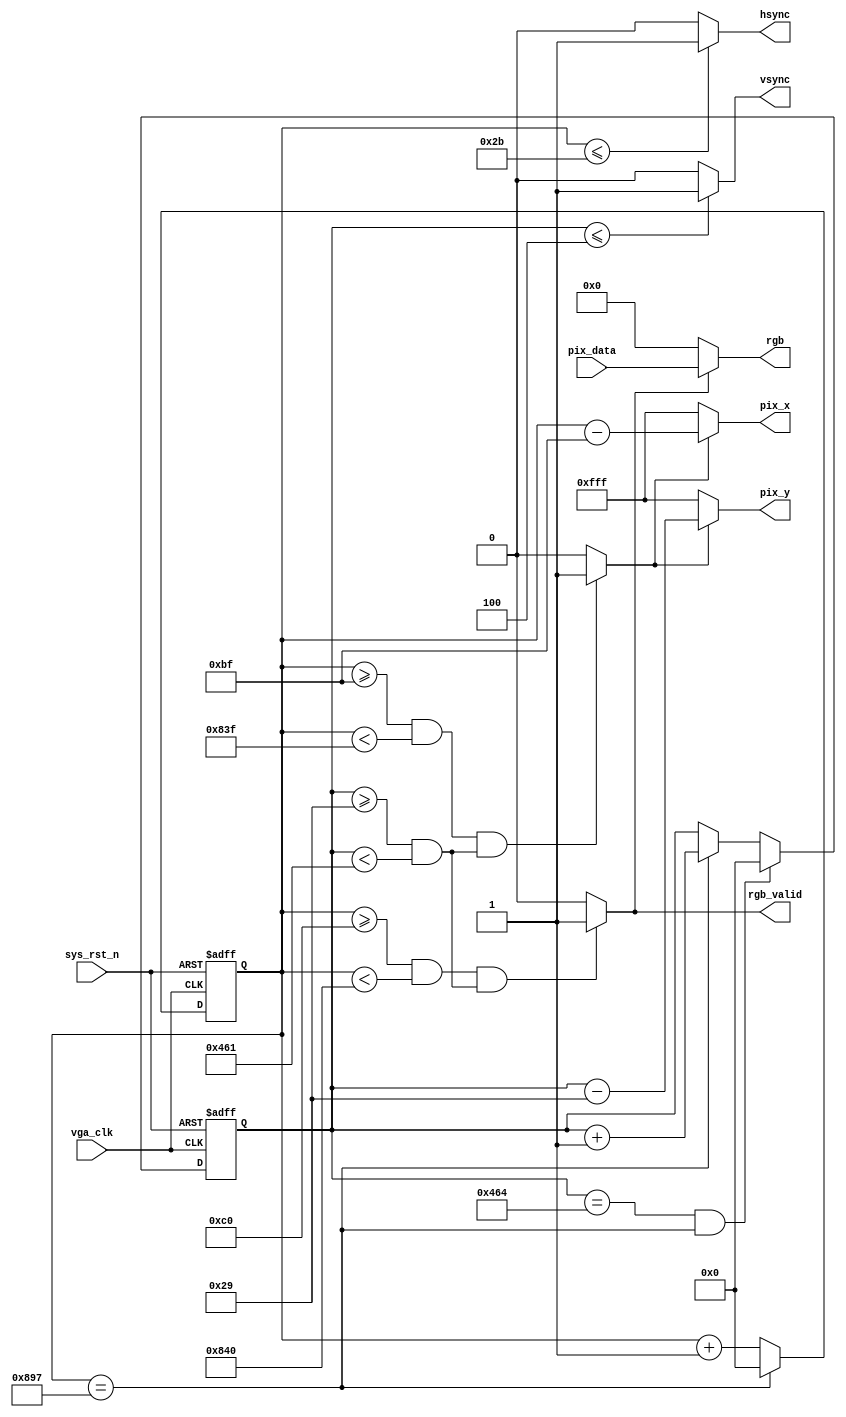
`timescale  1ns/1ns
////////////////////////////////////////////////////////////////////////
// Module Name   : vga_ctrl
// Project Name  : hdmi_colorbar
// Target Devices: Altera EP4CE10F17C8N
// Tool Versions : Quartus 13.0
// Description   : VGA(1080p)
// : _Pro_FPGA
//
////////////////////////////////////////////////////////////////////////

module  vga_ctrl
(
    input   wire            vga_clk     ,   //,25MHz
    input   wire            sys_rst_n   ,   //,
    input   wire    [23:0]  pix_data    ,   //

    output  wire    [11:0]  pix_x       ,   //VGAX
    output  wire    [11:0]  pix_y       ,   //VGAY
    output  wire            hsync       ,   //
    output  wire            vsync       ,   //
    output  wire            rgb_valid   ,
    output  wire    [23:0]  rgb             //
);

//********************************************************************//
//****************** Parameter and Internal Signal *******************//
//********************************************************************//
//parameter define(1080P)
parameter H_SYNC    =   12'd44 		,   //
          H_BACK    =   12'd148  	,   //
          H_LEFT    =   12'd0  		,   //
          H_VALID   =   12'd1920 	,   //
          H_RIGHT   =   12'd0   	,   //
          H_FRONT   =   12'd88 	,   //
          H_TOTAL   =   12'd2200 	;   //
		  
parameter V_SYNC    =   12'd5   ,   //
          V_BACK    =   12'd36  ,   //
          V_TOP     =   12'd0   ,   //
          V_VALID   =   12'd1080 ,   //
          V_BOTTOM  =   12'd0   ,   //
          V_FRONT   =   12'd4	  ,   //
          V_TOTAL   =   12'd1125 ;   //

//wire  define
wire            pix_data_req    ;   //

//reg   define
reg     [11:0]  cnt_h           ;   //
reg     [11:0]  cnt_v           ;   //

//********************************************************************//
//***************************** Main Code ****************************//
//********************************************************************//

//cnt_h:
always@(posedge vga_clk or negedge sys_rst_n)
    if(sys_rst_n == 1'b0)
        cnt_h   <=  12'd0   ;
    else    if(cnt_h == H_TOTAL - 1'd1)
        cnt_h   <=  12'd0   ;
    else
        cnt_h   <=  cnt_h + 1'd1   ;

//hsync:
assign  hsync = (cnt_h  <=  H_SYNC - 1'd1) ? 1'b1 : 1'b0  ;

//cnt_v:
always@(posedge vga_clk or negedge sys_rst_n)
    if(sys_rst_n == 1'b0)
        cnt_v   <=  12'd0 ;
    else    if((cnt_v == V_TOTAL - 1'd1) &&  (cnt_h == H_TOTAL-1'd1))
        cnt_v   <=  12'd0 ;
    else    if(cnt_h == H_TOTAL - 1'd1)
        cnt_v   <=  cnt_v + 1'd1 ;
    else
        cnt_v   <=  cnt_v ;

//vsync:
assign  vsync = (cnt_v  <=  V_SYNC - 1'd1) ? 1'b1 : 1'b0  ;

//rgb_valid:VGA
assign  rgb_valid = (((cnt_h >= H_SYNC + H_BACK + H_LEFT)
                    && (cnt_h < H_SYNC + H_BACK + H_LEFT + H_VALID))
                    &&((cnt_v >= V_SYNC + V_BACK + V_TOP)
                    && (cnt_v < V_SYNC + V_BACK + V_TOP + V_VALID)))
                    ? 1'b1 : 1'b0;

//pix_data_req:,rgb_valid
assign  pix_data_req = (((cnt_h >= H_SYNC + H_BACK + H_LEFT - 1'b1)
                    && (cnt_h < H_SYNC + H_BACK + H_LEFT + H_VALID - 1'b1))
                    &&((cnt_v >= V_SYNC + V_BACK + V_TOP)
                    && (cnt_v < V_SYNC + V_BACK + V_TOP + V_VALID)))
                    ? 1'b1 : 1'b0;

//pix_x,pix_y:VGA
assign  pix_x = (pix_data_req == 1'b1)
                ? (cnt_h - (H_SYNC + H_BACK + H_LEFT - 1'b1)) : 12'hfff;
assign  pix_y = (pix_data_req == 1'b1)
                ? (cnt_v - (V_SYNC + V_BACK + V_TOP)) : 12'hfff;

//rgb:
assign  rgb = (rgb_valid == 1'b1) ? pix_data : 24'b0 ;

endmodule